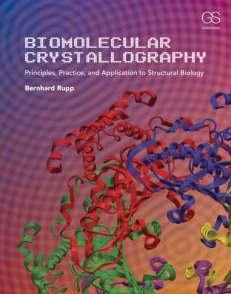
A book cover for Biomolecular Crystallography: Principles, Practice, and Application to Structural Biology; Bernhard Rupp; Science & Math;